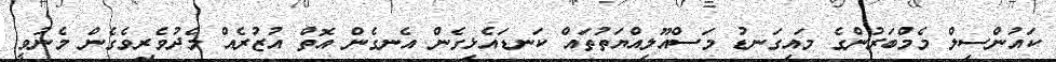
ކައުންސިލް މެމްބަރުންގެ މައިގަނޑު މަސްއޫލިއްޔަތުތައް ކަނޑައެޅިގެން އެނގެން އޮތް އުޒުރެއް މެދުވެރިވެގެން މެނުވީ